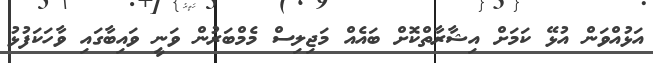
އަޅުއްވަން އުޅޭ ކަމަށް އިޝާރާތްކޮށް ބައެއް މަޖިލިސް މެމްބަރުން ވަނީ ވައިބާގައި ވާހަކަފުޅު